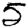
Digit: 5